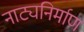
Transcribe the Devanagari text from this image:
नाट्यनिर्माण